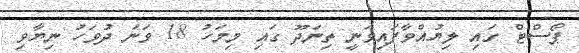
ޕޯސްޓް ގައި ލިޔުއްވާފައިވަނީ ތިނަދޫ ގައި މިމަހު 18 ވަނަ ދުވަހު ނިޔާވި